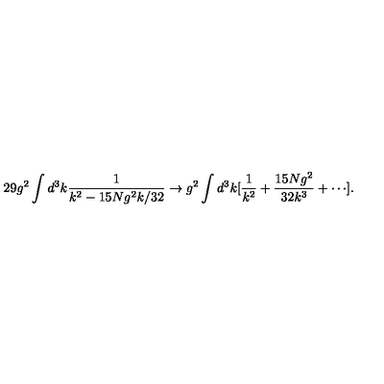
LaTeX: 2 9 g ^ { 2 } \int d ^ { 3 } k \frac { 1 } { k ^ { 2 } - 1 5 N g ^ { 2 } k / 3 2 } \rightarrow g ^ { 2 } \int d ^ { 3 } k [ \frac { 1 } { k ^ { 2 } } + \frac { 1 5 N g ^ { 2 } } { 3 2 k ^ { 3 } } + \cdots ] .